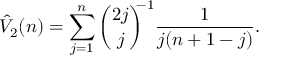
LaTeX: \hat { V } _ { 2 } ( n ) = \sum _ { j = 1 } ^ { n } { \binom { 2 j } { j } } ^ { \! \! \! - 1 } \frac { 1 } { j ( n + 1 - j ) } .